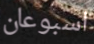
اسبوعان